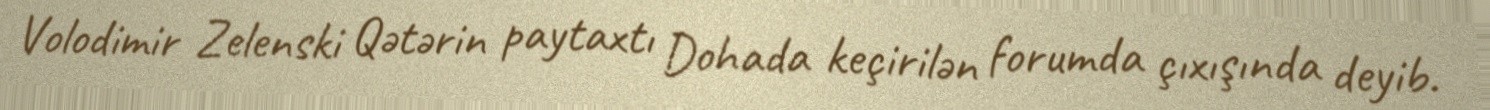
Volodimir Zelenski Qətərin paytaxtı Dohada keçirilən forumda çıxışında deyib.